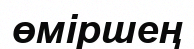
өміршең